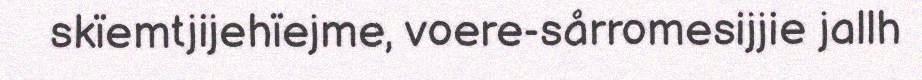
skïemtjijehïejme, voere-sårromesijjie jallh